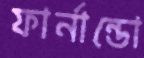
ফার্নান্ডো